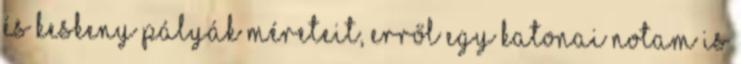
és keskeny pályák méreteit, erről egy katonai NOTAM is